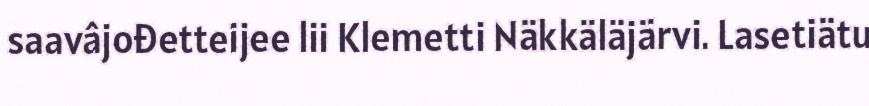
saavâjođetteijee lii Klemetti Näkkäläjärvi. Lasetiätu